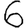
Digit: 6